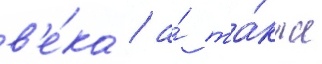
в'е́ка / а́ та́кже